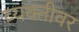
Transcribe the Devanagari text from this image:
व्‍यक्‍तीवर